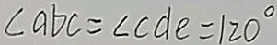
\angle a b c = \angle c d e = 1 2 0 ^ { \circ }